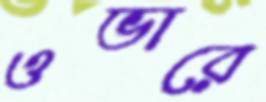
ওভারে